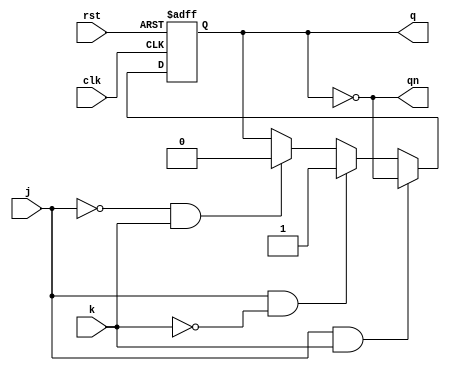
/*

Set and Reset on Clock High

j   k   q   qn  Comments
------------------------
0   0   0   1   No Change
0   1   0   1   Reset
1   0   1   0   Set
1   1   x   x   Toggle

*/

module jk_ff (
    input clk,
    input rst,
    input j,
    input k,
    output reg q,
    output qn
);

    always @(posedge clk or negedge rst) begin
        if (!rst) begin
            q <= 0;
        end
        else begin
            if (~j && ~k) q <= q;   // No Change
            if (~j && k) q <= 0;    // Reset
            if (j && ~k) q <= 1;    // Set
            if (j && k) q <= ~q;    // Toggle
        end
    end

    assign qn = ~q;
    
endmodule